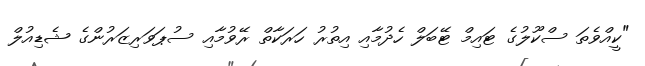
"ކީއްވެތަ ސްކޫލުގެ ޓައިމް ޓޭބަލް ހެދުމާއި އިތުރު ހަރަކާތް ރޭވުމާއި ސުޕަވަރިޒަރުންގެ ޝެޑިއުލް